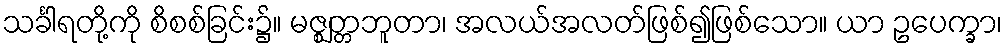
သင်္ခါရတို့ကို စိစစ်ခြင်း၌။ မဇ္ဈတ္တဘူတာ၊ အလယ်အလတ်ဖြစ်၍ဖြစ်သော။ ယာ ဥပေက္ခာ၊